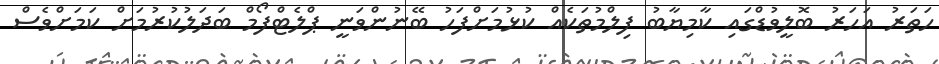
ހަތަރު އަހަރު ބޮލީވުޑްގައި ކާމިޔާބު ފިލްމުތަކެއް ކުޅުމަށްފަހު ބޭނުންވަނީ ޕްލެޓްފޯމް ބަދަލުކުރުމަށް ކަމަށްވެސް